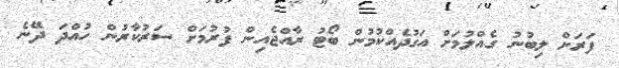
ފަރަށް ލިބުނު ގެއްލުމަށް އަގުދެއްކުމުން ބޯޓު ރާއްޖެއިން ފުރުމަށް ސަރުކާރުން ހުއްދަ ދޭނެ